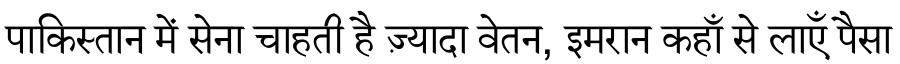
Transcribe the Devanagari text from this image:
पाकिस्तान में सेना चाहती है ज़्यादा वेतन, इमरान कहाँ से लाएँ पैसा